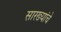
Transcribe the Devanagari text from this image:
सारख्यांचे